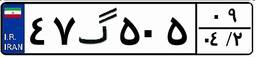
۴۹گ۷۷۹۲۷